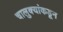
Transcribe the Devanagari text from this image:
चालुक्यांकडून